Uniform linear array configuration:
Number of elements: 64
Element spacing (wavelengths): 0.25
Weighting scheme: blackman
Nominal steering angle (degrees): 60
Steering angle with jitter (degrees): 59.971
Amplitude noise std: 0.05
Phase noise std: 0.05

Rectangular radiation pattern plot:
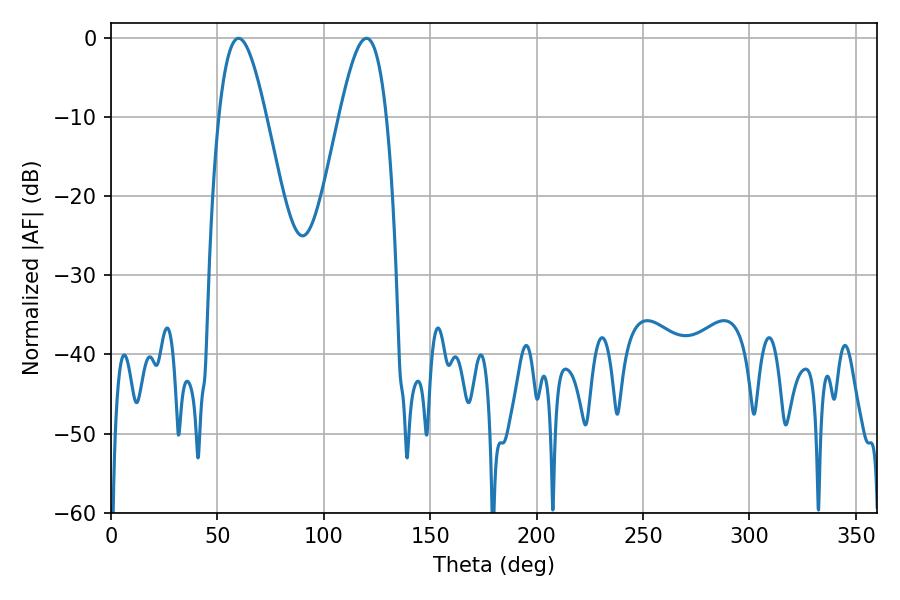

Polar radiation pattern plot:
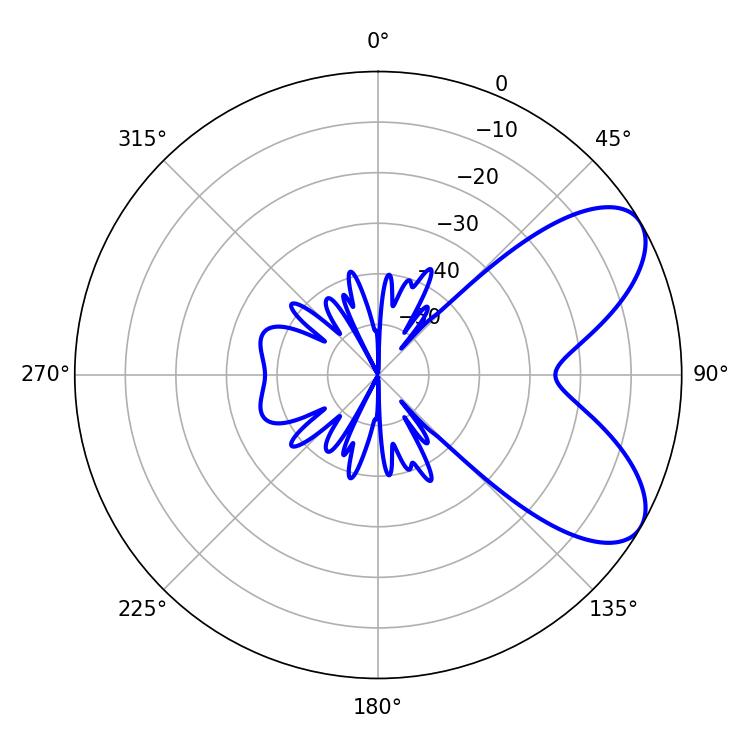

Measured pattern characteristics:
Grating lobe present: FALSE
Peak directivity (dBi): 7.002
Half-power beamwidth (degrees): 11.88
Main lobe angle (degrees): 59.94